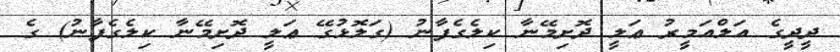
ދީދީގެ އަލްއަމީރު ޢަލީ ދޮށިމޭނާ ކިލެގެފާނު (ގަލޮޅުގޭ ޢަލީ ދޮށިމޭނާ ކިލެގެފާނު) ގެ